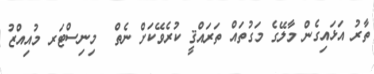
ތާރު އަޅައިގެން މާލޭގެ މަގުތައް ތަރައްޤީ ކުރެވޭކަށް ނެތް  މިނިސްޓަރ މުއިއްޒު